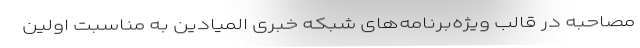
مصاحبه در قالب ویژه‌برنامه‌های شبکه خبری المیادین به مناسبت اولین